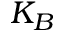
K _ { B }